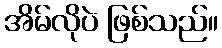
အိမ်လိုပဲ ဖြစ်သည်။